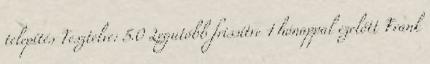
telepítés Tesztelve: 5.0 Legutóbb frissítve 1 hónappal ezelőtt Frank